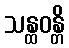
သန္ထဝန္တိ